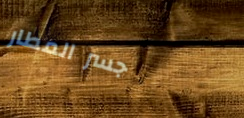
جسر المطار